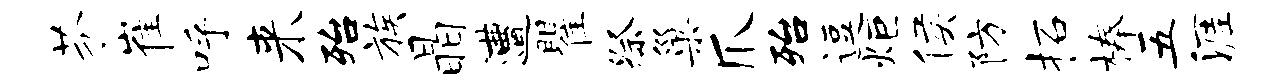
芬崔呼来殆族晶遭瞿祭巢爪殆逗炬侯防柘榛五涯